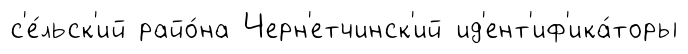
с'е́льск'ий райо́на Черн'етчинск'ий ид'ент'иф'ика́торы